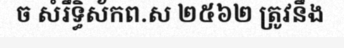
ច សំរឹទ្ធិស័កព.ស ២៥៦២ ត្រូវនឹង